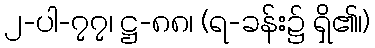
၂-ပါ-၇၇၊ ဋ္ဌ-၈၈၊ (ရ-ခန်း၌ ရှိ၏၊)